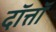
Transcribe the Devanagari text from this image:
दॉत्तॉ